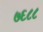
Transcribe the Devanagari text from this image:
७६८८